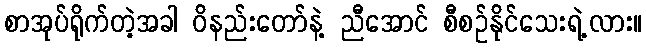
စာအုပ်ရိုက်တဲ့အခါ ဝိနည်းတော်နဲ့ ညီအောင် စီစဉ်နိုင်သေးရဲ့လား။